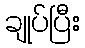
ချုပ်ပြီး